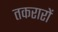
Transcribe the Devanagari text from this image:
तकरारों